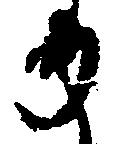
か